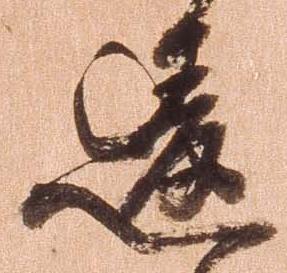
違